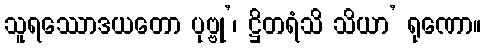
သူရဿောဒယတော ပုဗ္ဗု’၊ ဋ္ဌိတရံသိ သိယာ’ ရုဏော။